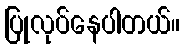
ပြုလုပ်နေပါတယ်။